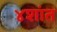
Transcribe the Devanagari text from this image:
४शांत